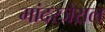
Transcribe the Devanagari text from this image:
मांदरजेराल